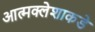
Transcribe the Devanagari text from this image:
आत्मक्लेशाकडे